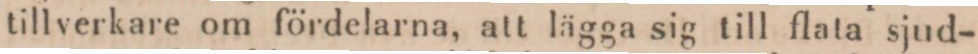
tillverkare om fördelarna, att lägga sig till flata sjud-